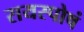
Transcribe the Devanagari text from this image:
रायस्पोषं